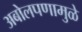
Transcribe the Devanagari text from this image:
अबोलपणामुळे